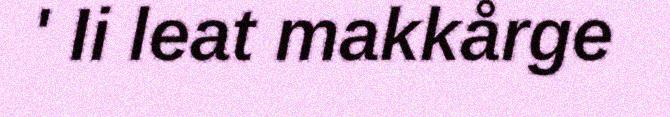
' Ii leat makkårge